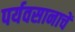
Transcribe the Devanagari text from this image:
पर्यवसानाचें